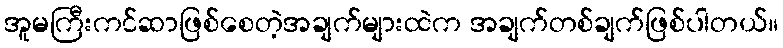
အူမကြီးကင်ဆာဖြစ်စေတဲ့အချက်များထဲက အချက်တစ်ချက်ဖြစ်ပါတယ်။